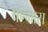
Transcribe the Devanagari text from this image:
षण्मास